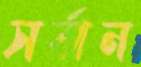
সর্বান